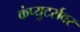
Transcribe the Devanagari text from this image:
कंप्युटर्सवर